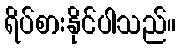
ရိပ်စားနိုင်ပါသည်။